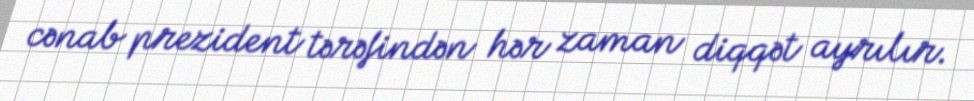
cənab prezident tərəfindən hər zaman diqqət ayrılır.